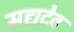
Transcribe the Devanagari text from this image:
मद्यदेव